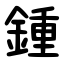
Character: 鍾